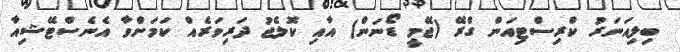
ބިލިއަނަރު ކްރިސްޓިއަން ގްރޭ (ޖޭމީ ޑޯނަން) އާއި ކޮލެޖު ދަރިވަރެއް ކަމަށްވާ އެނެސްޓޭޝިއާ